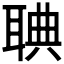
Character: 𦖌